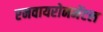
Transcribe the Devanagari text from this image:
एनवायरोनमेंटल